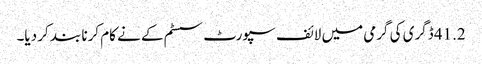
41.2 ڈگری کی گرمی میں لائف سپورٹ سسٹم کے نے کام کرنا بند کر دیا۔